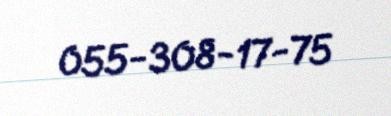
055-308-17-75